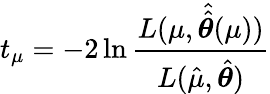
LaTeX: t_{\mu}=-2\ln\frac{L(\mu,\hat{\hat{\boldsymbol{\theta}}}(\mu))}{L(\hat{\mu},\hat{\boldsymbol{\theta}})}